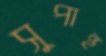
সুপান্থ